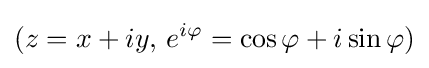
(z=x+iy,\,e^{i\varphi }=\cos \varphi +i\sin \varphi )